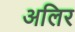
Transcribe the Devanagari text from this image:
अलिर